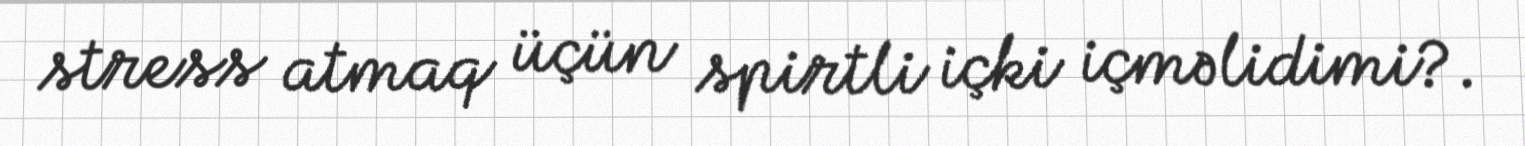
stress atmaq üçün spirtli içki içməlidimi?.